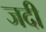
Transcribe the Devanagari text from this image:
जदी